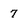
Character: 7